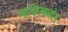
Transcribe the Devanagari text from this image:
व्यक्तित्वलोप